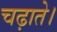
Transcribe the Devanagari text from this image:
चढ़ाते।